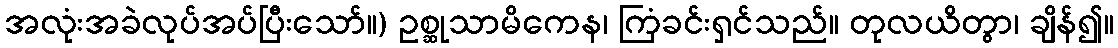
အလုံးအခဲလုပ်အပ်ပြီးသော်။) ဥစ္ဆုသာမိကေန၊ ကြံခင်းရှင်သည်။ တုလယိတွာ၊ ချိန်၍။